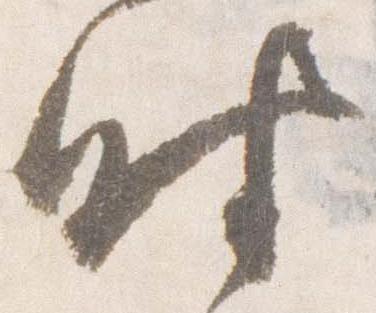
時